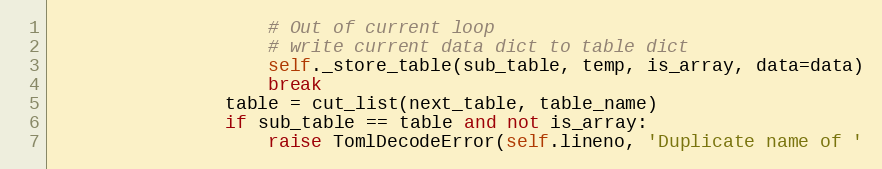
Language: Python
                    # Out of current loop
                    # write current data dict to table dict
                    self._store_table(sub_table, temp, is_array, data=data)
                    break
                table = cut_list(next_table, table_name)
                if sub_table == table and not is_array:
                    raise TomlDecodeError(self.lineno, 'Duplicate name of '